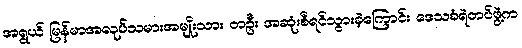
အရွယ် မြန်မာအလုပ်သမားအမျိုးသား တဦး အဆုံးစီရင်သွားခဲ့ကြောင်း ဒေသခံရဲတပ်ဖွဲ့က